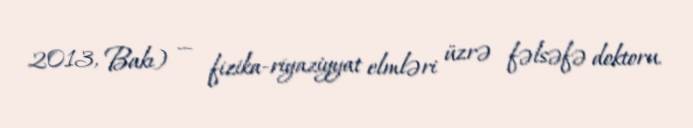
2013, Bakı) — fizika-riyaziyyat elmləri üzrə fəlsəfə doktoru.